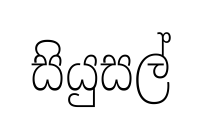
සියුසල්